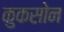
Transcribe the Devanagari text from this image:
कुकसोन